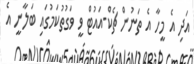
އަދި އެ މީހާ އެ ތަނުން ޗެކް-އައުޓް ވީ ވަގުތުކަމުގައި ބަލާނީ އެ